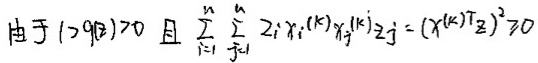
由于 \( 1 > \beta \geq 0 \) 且 \( \sum_{i = 1}^{n} \sum_{j = 1}^{n} z_{i} x_{i}^{(k)} x_{j}^{(k)} z_{j} = (x^{(k)T} z)^{2} \geq 0 \)